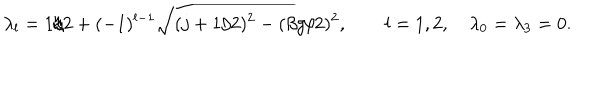
\lambda _ { l } = 1 / 2 + ( - 1 ) ^ { l - 1 } \sqrt { ( j + 1 / 2 ) ^ { 2 } - ( \beta g / 2 ) ^ { 2 } } , \qquad l = 1 , 2 , \quad \lambda _ { 0 } = \lambda _ { 3 } = 0 .